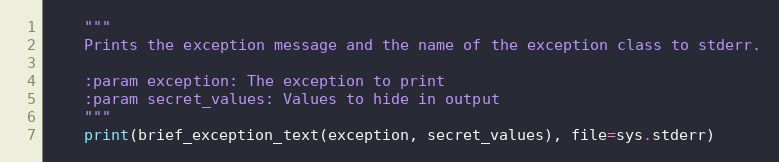
Language: Python
    """
    Prints the exception message and the name of the exception class to stderr.

    :param exception: The exception to print
    :param secret_values: Values to hide in output
    """
    print(brief_exception_text(exception, secret_values), file=sys.stderr)